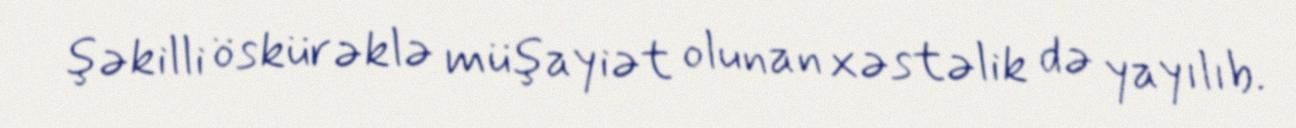
şəkilli öskürəklə müşayiət olunan xəstəlik də yayılıb.